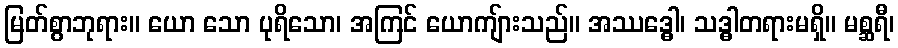
မြတ်စွာဘုရား။ ယော သော ပုရိသော၊ အကြင် ယောကျ်ားသည်။ အဿဒ္ဓေါ၊ သဒ္ဓါတရားမရှိ။ မစ္ဆရီ၊